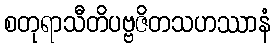
စတုရာသီတိပဗ္ဗဇိတသဟဿာနံ